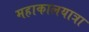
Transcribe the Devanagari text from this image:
महाकालयात्रा